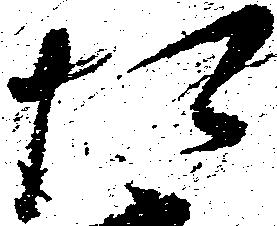
た